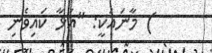
) މާނައަކީ: "އަޅާ ކައިވެނި